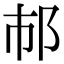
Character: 𨙶